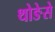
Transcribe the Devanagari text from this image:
थोङेसे